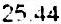
25.44